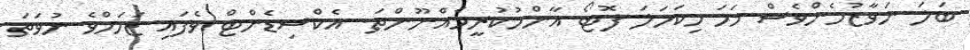
ބަލަ ނަވާޒުމެންވެސް ހަމަ މިކަހަލަ ފޮޓޯ އާންމުކުރީމެއްނޫންތަ. އެކްސިޑެންޓް ވެފައި ޒަހަމްވެ ނުވަތަ